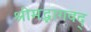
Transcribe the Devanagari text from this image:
श्रीमद्भागवद्